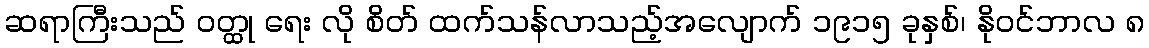
ဆရာကြီးသည် ဝတ္ထု ရေး လို စိတ် ထက်သန်လာသည့်အလျောက် ၁၉၁၅ ခုနှစ်၊ နိုဝင်ဘာလ ၈